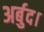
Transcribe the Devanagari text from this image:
अर्बुद।